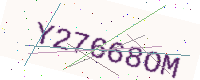
Text: Y27668OM